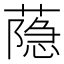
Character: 𦻕